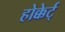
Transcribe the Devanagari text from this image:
होक्केर्ट्